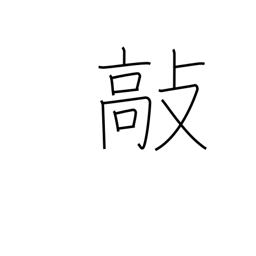
Meaning: beat